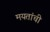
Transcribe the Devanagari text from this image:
मयतांची